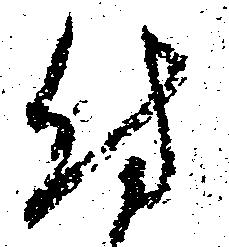
付